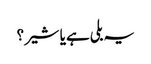
یہ بلی ہے یا شیر؟